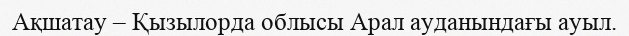
Ақшатау – Қызылорда облысы Арал ауданындағы ауыл.